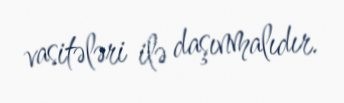
vasitələri ilə daşınmalıdır.